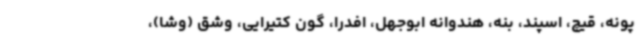
پونه، قیچ، اسپند، بنه، هندوانه ابوجهل، افدرا، گون کتیرایی، وشق (وشا)،